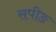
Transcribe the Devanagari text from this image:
सपीङ